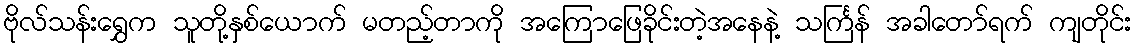
ဗိုလ်သန်းရွှေက သူတို့နှစ်ယောက် မတည့်တာကို အကြောဖြေခိုင်းတဲ့အနေနဲ့ သင်္ကြန် အခါတော်ရက် ကျတိုင်း